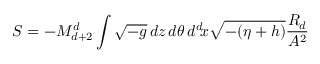
S = - M _ { d + 2 } ^ { d } \int \sqrt { - g } \, d z \, d \theta \, d ^ { d } \! x \sqrt { - ( \eta + h ) } \frac { R _ { d } } { A ^ { 2 } }